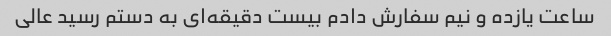
ساعت یازده و نیم سفارش دادم بیست دقیقه‌ای به دستم رسید عالی